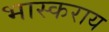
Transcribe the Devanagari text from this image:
भास्कराय